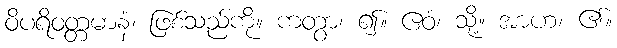
ဝိပရိဝတ္တမာနံ၊ ဖြစ်သည်ကို။ ကတွာ၊ ၍။ ဧဝံ၊ သို့။ အာဟ၊ ၏။